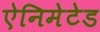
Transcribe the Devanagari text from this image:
ऐनिमेटेड